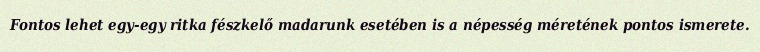
Fontos lehet egy-egy ritka fészkelő madarunk esetében is a népesség méretének pontos ismerete.